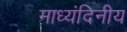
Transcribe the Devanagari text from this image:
माध्यंदिनीय